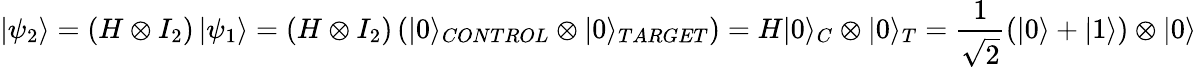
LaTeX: \left|\psi_{2}\right\rangle=\left(H\otimes I_{2}\right)\left|\psi_{1}\right\rangle=\left(H\otimes I_{2}\right)\left(|0\rangle_{CONTROL}\otimes|0\rangle_{TARGET}\right)=H|0\rangle_{C}\otimes|0\rangle_{T}=\frac{1}{\sqrt{2}}(|0\rangle+|1\rangle)\otimes|0\rangle